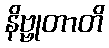
နိဗ္ဗုတာတိ